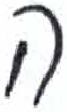
אות: ה